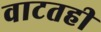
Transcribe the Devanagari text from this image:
वाटतही